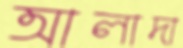
আলাদা